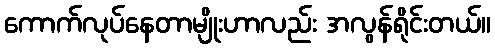
ကောက်လုပ်နေတာမျိုးဟာလည်း အလွန်ရိုင်းတယ်။